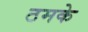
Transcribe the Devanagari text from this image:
ठमके